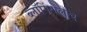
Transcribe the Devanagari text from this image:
ब्लॉगिंगलाच